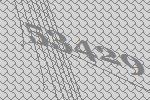
53429